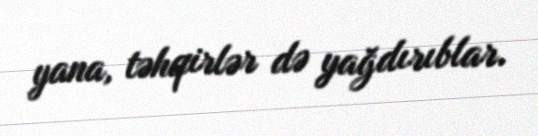
yana, təhqirlər də yağdırıblar.